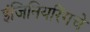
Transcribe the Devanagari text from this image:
इंजिनियरिंगचे